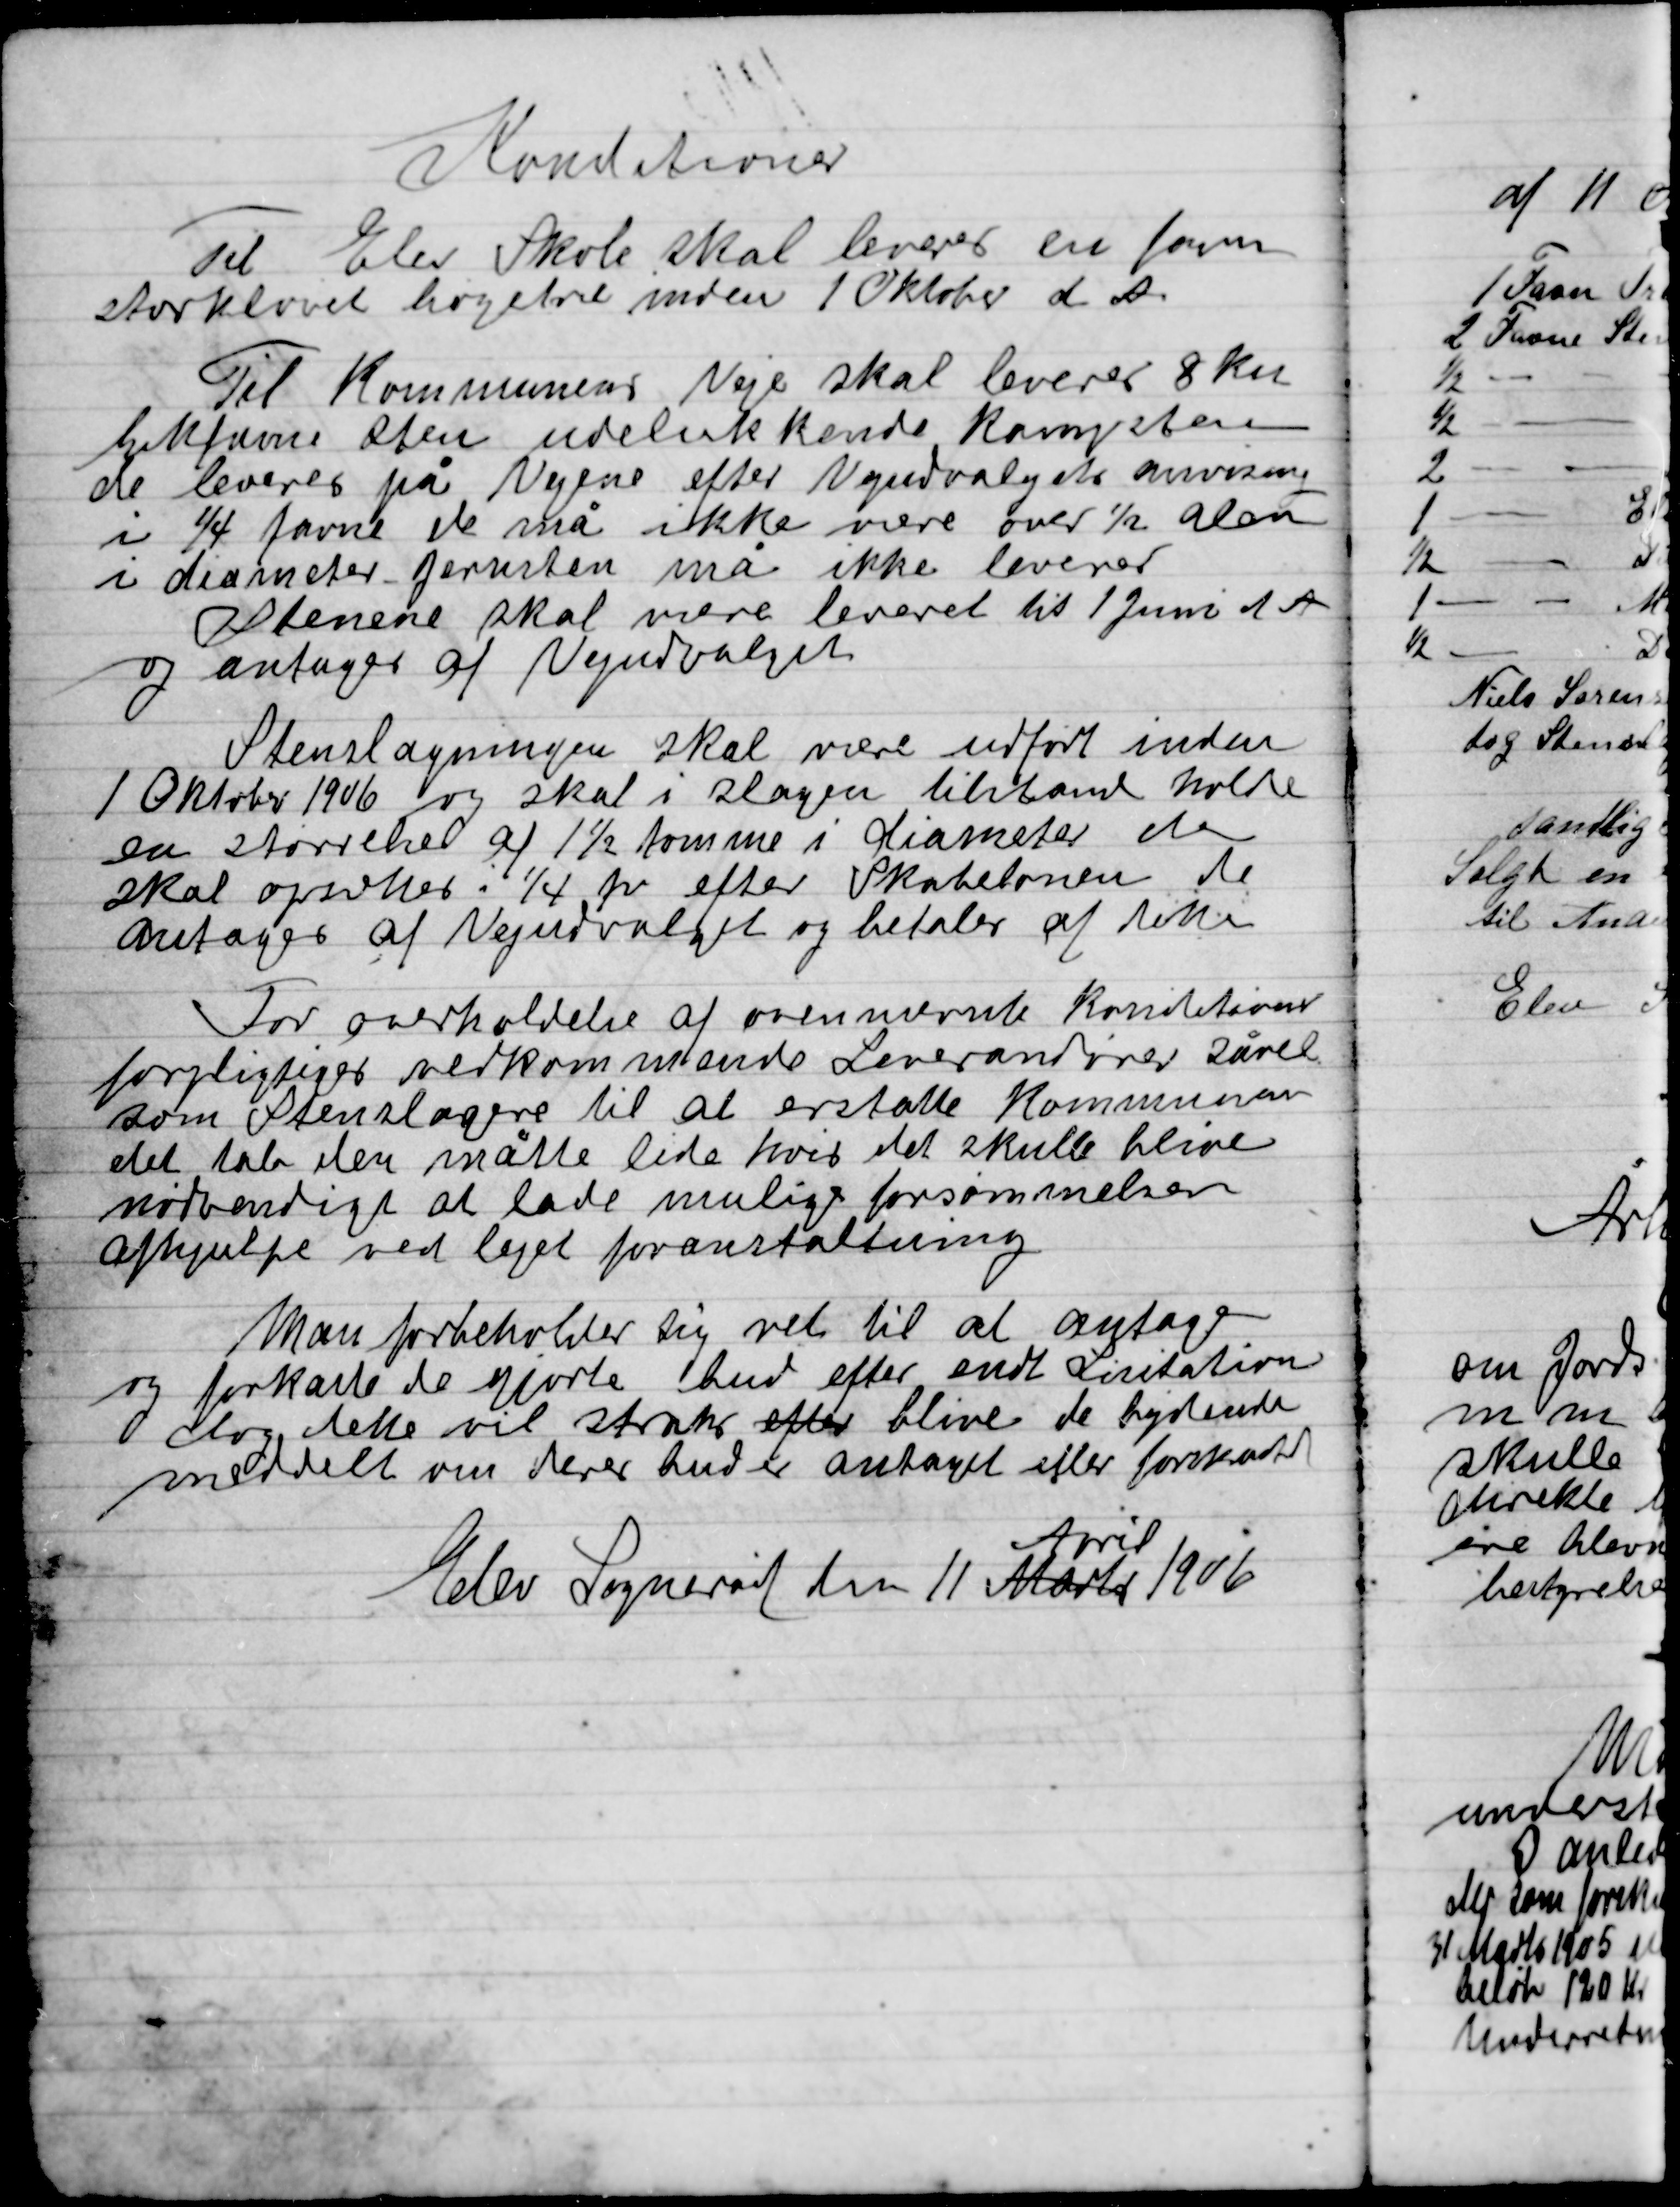
Transskription:
Konditioner

Til Elev Skole skal leveres en favn
storkløvet bøgetræ inden 1 Oktober d. A.

Til Kommunens Veje skal leveres 8 Ku-
bikfavne sten udelukkende kampesten
De leveres på Vejene efter Udvalgets anvisning
I ¼ favne de må ikke være over ½ alen
I diameter jernsten må ikke leveres
Stenene skal være leveret til 1 Juni d. A.
antager af Vejudvalget.

Stenslagningen skal være udført inden
1 Oktober 1906  og skal slagen tilstand holde
en størrelse af af 1½ tomme i diameter den
skal overholde i ¼ fv. Efter Skabelonen de
og antager af Vejudvalget og betaler af dette

For overholdelse af ovennævnte konditioner
forpligter vedkommende Leverandører såvel
som Stenslagere til at erstatte Kommunen
det tab den måtte lide hvis det skulle blive
nødvendigt at lade mulige forsømmelsen
afhjulpen ved leget foranstaltning

Man forbeholder sig ret til at antage
og forkaste de gjorte bud efter endt Licitation
dog dette vil straks efter blive de bydende
meddelt om deres bud er antaget eller forkastet

Elev Sogneråd den 11 Marts
April
1906